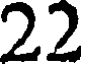
22